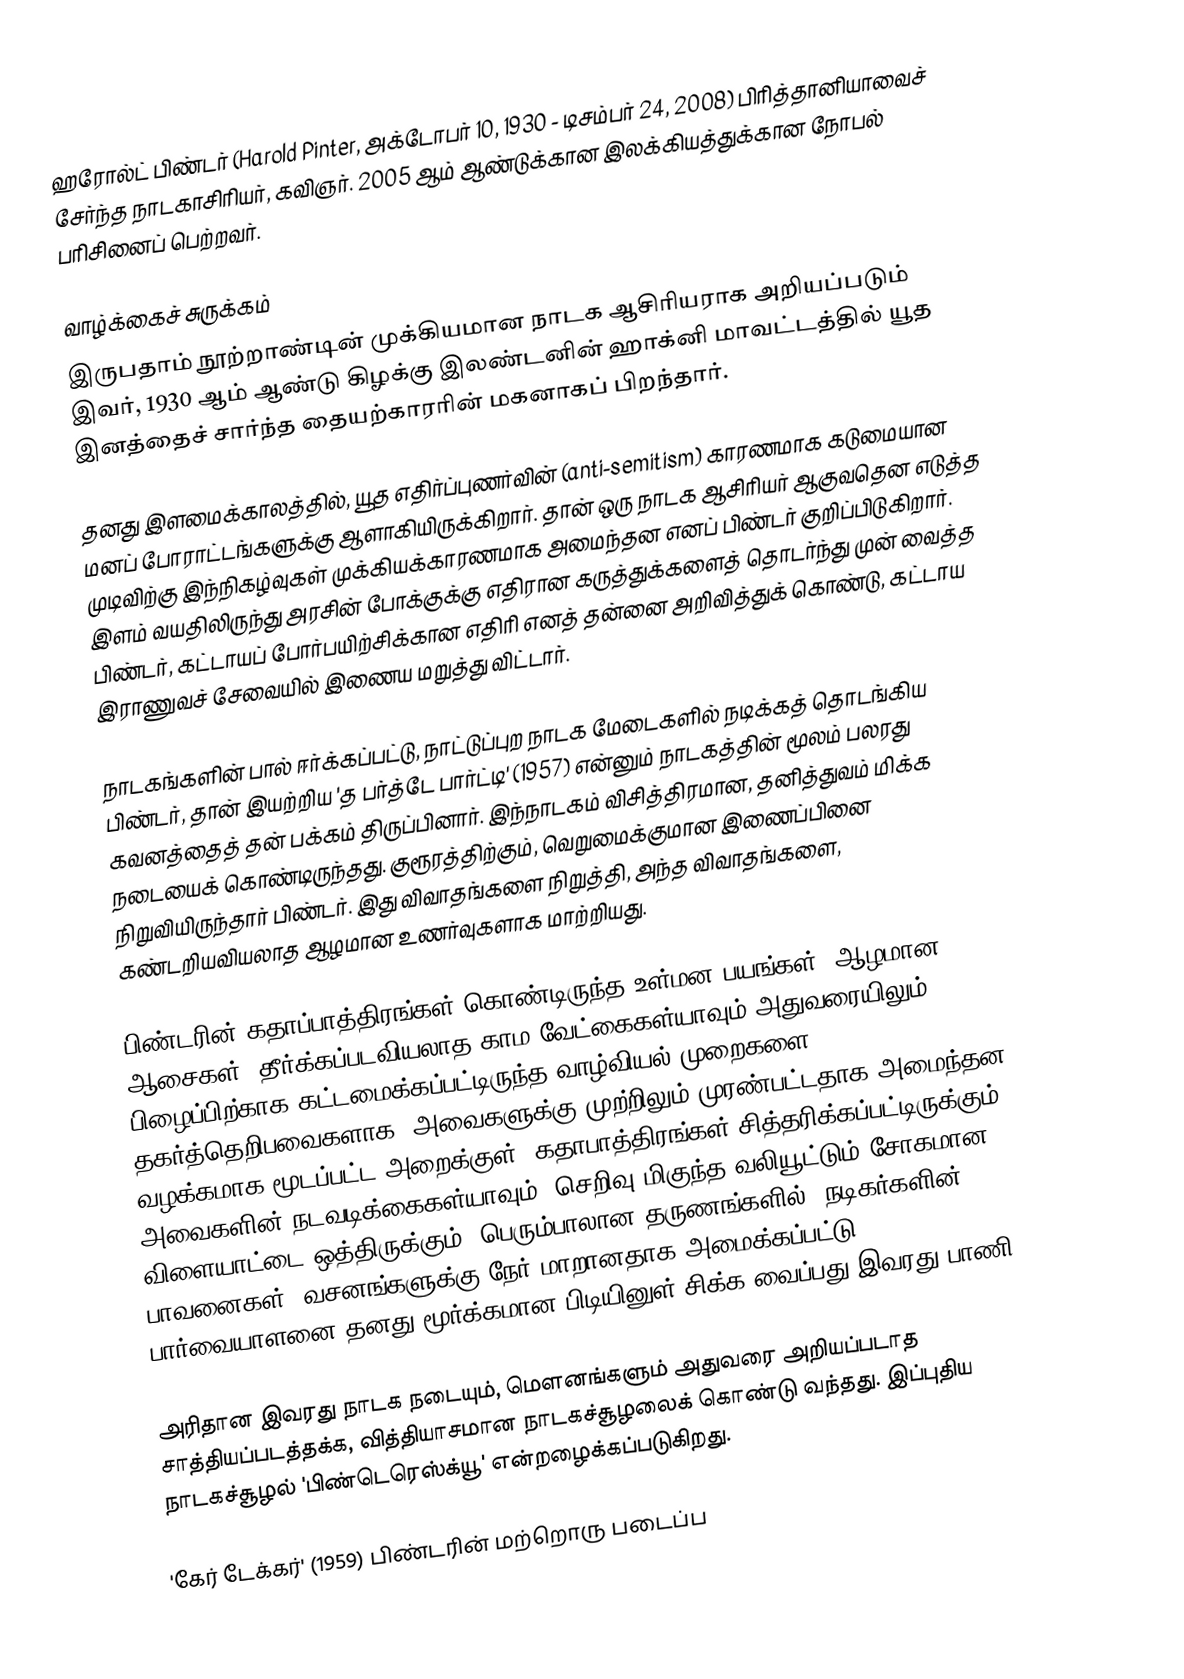
ஹரோல்ட் பிண்டர் (Harold Pinter, அக்டோபர் 10, 1930 - டிசம்பர் 24, 2008) பிரித்தானியாவைச் சேர்ந்த நாடகாசிரியர், கவிஞர். 2005 ஆம் ஆண்டுக்கான இலக்கியத்துக்கான நோபல் பரிசினைப் பெற்றவர்.

வாழ்க்கைச் சுருக்கம்
இருபதாம் நூற்றாண்டின் முக்கியமான நாடக ஆசிரியராக அறியப்படும் இவர், 1930 ஆம் ஆண்டு கிழக்கு இலண்டனின் ஹாக்னி மாவட்டத்தில் யூத இனத்தைச் சார்ந்த தையற்காரரின் மகனாகப் பிறந்தார்.

தனது இளமைக்காலத்தில், யூத எதிர்ப்புணர்வின் (anti-semitism) காரணமாக கடுமையான மனப் போராட்டங்களுக்கு ஆளாகியிருக்கிறார். தான் ஒரு நாடக ஆசிரியர் ஆகுவதென எடுத்த முடிவிற்கு இந்நிகழ்வுகள் முக்கியக்காரணமாக அமைந்தன எனப் பிண்டர் குறிப்பிடுகிறார். இளம் வயதிலிருந்து அரசின் போக்குக்கு எதிரான கருத்துக்களைத் தொடர்ந்து முன் வைத்த பிண்டர், கட்டாயப் போர்பயிற்சிக்கான எதிரி எனத் தன்னை அறிவித்துக் கொண்டு, கட்டாய இராணுவச் சேவையில் இணைய மறுத்து விட்டார்.

நாடகங்களின் பால் ஈர்க்கப்பட்டு, நாட்டுப்புற நாடக மேடைகளில் நடிக்கத் தொடங்கிய பிண்டர், தான் இயற்றிய 'த பர்த்டே பார்ட்டி' (1957) என்னும் நாடகத்தின் மூலம் பலரது கவனத்தைத் தன் பக்கம் திருப்பினார். இந்நாடகம் விசித்திரமான, தனித்துவம் மிக்க நடையைக் கொண்டிருந்தது. குரூரத்திற்கும், வெறுமைக்குமான இணைப்பினை நிறுவியிருந்தார் பிண்டர். இது விவாதங்களை நிறுத்தி, அந்த விவாதங்களை, கண்டறியவியலாத ஆழமான உணர்வுகளாக மாற்றியது.

பிண்டரின் கதாப்பாத்திரங்கள் கொண்டிருந்த உள்மன பயங்கள், ஆழமான ஆசைகள், தீர்க்கப்படவியலாத காம வேட்கைகள்யாவும் அதுவரையிலும் பிழைப்பிற்காக கட்டமைக்கப்பட்டிருந்த வாழ்வியல் முறைகளை தகர்த்தெறிபவைகளாக, அவைகளுக்கு முற்றிலும் முரண்பட்டதாக அமைந்தன. வழக்கமாக மூடப்பட்ட அறைக்குள், கதாபாத்திரங்கள் சித்தரிக்கப்பட்டிருக்கும். அவைகளின் நடவடிக்கைகள்யாவும், செறிவு மிகுந்த வலியூட்டும் சோகமான விளையாட்டை ஒத்திருக்கும். பெரும்பாலான தருணங்களில், நடிகர்களின் பாவனைகள், வசனங்களுக்கு நேர் மாறானதாக அமைக்கப்பட்டு, பார்வையாளனை தனது மூர்க்கமான பிடியினுள் சிக்க வைப்பது இவரது பாணி.

அரிதான இவரது நாடக நடையும், மெளனங்களும் அதுவரை அறியப்படாத சாத்தியப்படத்தக்க, வித்தியாசமான நாடகச்சூழலைக் கொண்டு வந்தது. இப்புதிய நாடகச்சூழல் 'பிண்டெரெஸ்க்யூ' என்றழைக்கப்படுகிறது.

'கேர் டேக்கர்' (1959) பிண்டரின் மற்றொரு படைப்ப